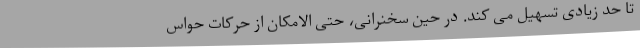
تا حد زیادی تسهیل می کند. در حین سخنرانی، حتی الامکان از حرکات حواس